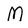
Character: M